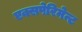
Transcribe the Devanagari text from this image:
एक्सपेरिमेन्ट